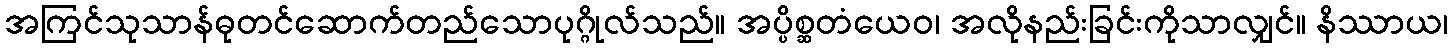
အကြင်သုသာန်ဓုတင်ဆောက်တည်သောပုဂ္ဂိုလ်သည်။ အပ္ပိစ္ဆတံယေဝ၊ အလိုနည်းခြင်းကိုသာလျှင်။ နိဿာယ၊